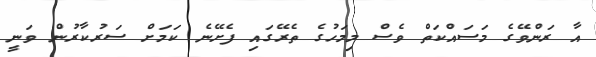
އާ ރަންވޭގެ މަސައްކަތް ވެސް މިމަހުގެ ތެރޭގައި ފެށޭނެ ކަަމަށް ސަރުކާރުން ވަނީ